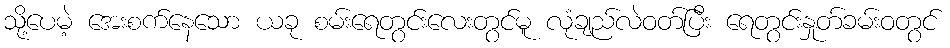
သို့ပေမဲ့ အေးစက်နေသော ယခု စမ်းရေတွင်းလေးတွင်မူ လုံချည်လဲဝတ်ပြီး ရေတွင်းနှုတ်ခမ်းဝတွင်